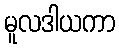
မူလဒါယကာ